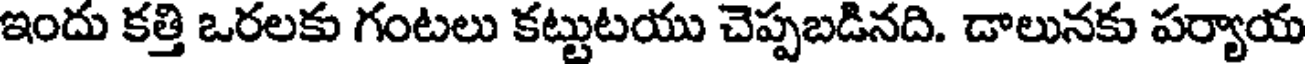
ఇందు కత్తి ఒరలకు గంటలు కట్టుటయు చెప్పబడినది. డాలునకు పర్యాయ